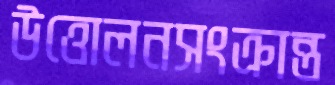
উত্তোলনসংক্রান্ত